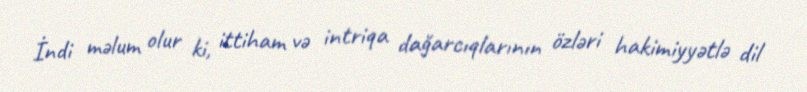
İndi məlum olur ki, ittiham və intriqa dağarcıqlarının özləri hakimiyyətlə dil